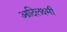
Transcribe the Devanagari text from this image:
आदिलक्ष्मी